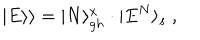
LaTeX: | E \rangle \rangle = | N \rangle _ { g h } ^ { x } \cdot | E ^ { N } \rangle _ { s } \ ,